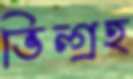
ভিন্গ্রহ